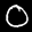
Label: 0